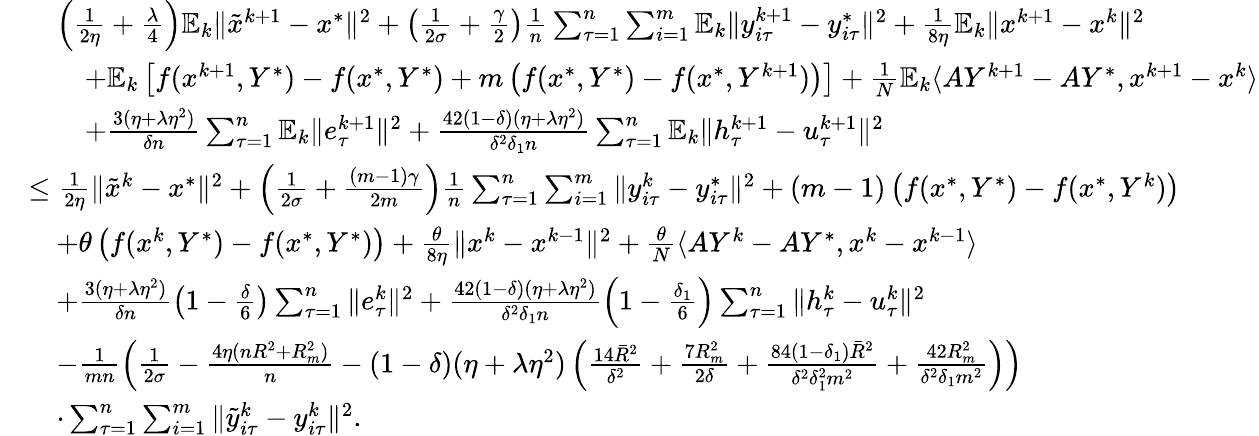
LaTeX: \begin{array}{rl}&{\quad\left(\frac{1}{2\eta}+\frac{\lambda}{4}\right)\mathbb{E}_{k}\| {\tilde{x}}^{k+1}-x^{*}\| ^{2}+\left(\frac{1}{2\sigma}+\frac{\gamma}{2}\right)\frac{1}{n}\sum_{\tau=1}^{n}\sum_{i=1}^{m}\mathbb{E}_{k}\| y_{i\tau}^{k+1}-y_{i\tau}^{*}\| ^{2}+\frac{1}{8\eta}\mathbb{E}_{k}\| x^{k+1}-x^{k}\| ^{2}}\\ &{\qquad+\mathbb{E}_{k}\left[f(x^{k+1},Y^{*})-f(x^{*},Y^{*})+m\left(f(x^{*},Y^{*})-f(x^{*},Y^{k+1})\right)\right]+\frac{1}{N}\mathbb{E}_{k}\langle AY^{k+1}-AY^{*},x^{k+1}-x^{k}\rangle}\\ &{\qquad+\frac{3(\eta+\lambda\eta^{2})}{\delta n}\sum_{\tau=1}^{n}\mathbb{E}_{k}\| e_{\tau}^{k+1}\| ^{2}+\frac{42(1-\delta)(\eta+\lambda\eta^{2})}{\delta^{2}\delta_{1}n}\sum_{\tau=1}^{n}\mathbb{E}_{k}\| h_{\tau}^{k+1}-u_{\tau}^{k+1}\| ^{2}}\\ &{\leq\frac{1}{2\eta}\| {\tilde{x}}^{k}-x^{*}\| ^{2}+\left(\frac{1}{2\sigma}+\frac{(m-1)\gamma}{2m}\right)\frac{1}{n}\sum_{\tau=1}^{n}\sum_{i=1}^{m}\| y_{i\tau}^{k}-y_{i\tau}^{*}\| ^{2}+(m-1)\left(f(x^{*},Y^{*})-f(x^{*},Y^{k})\right)}\\ &{\quad+\theta\left(f(x^{k},Y^{*})-f(x^{*},Y^{*})\right)+\frac{\theta}{8\eta}\| x^{k}-x^{k-1}\| ^{2}+\frac{\theta}{N}\langle AY^{k}-AY^{*},x^{k}-x^{k-1}\rangle}\\ &{\quad+\frac{3(\eta+\lambda\eta^{2})}{\delta n}\left(1-\frac{\delta}{6}\right)\sum_{\tau=1}^{n}\| e_{\tau}^{k}\| ^{2}+\frac{42(1-\delta)(\eta+\lambda\eta^{2})}{\delta^{2}\delta_{1}n}\left(1-\frac{\delta_{1}}{6}\right)\sum_{\tau=1}^{n}\| h_{\tau}^{k}-u_{\tau}^{k}\| ^{2}}\\ &{\quad-\frac{1}{mn}\left(\frac{1}{2\sigma}-\frac{4\eta(nR^{2}+R_{m}^{2})}{n}-(1-\delta)(\eta+\lambda\eta^{2})\left(\frac{14{\bar{R}}^{2}}{\delta^{2}}+\frac{7R_{m}^{2}}{2\delta}+\frac{84(1-\delta_{1}){\bar{R}}^{2}}{\delta^{2}\delta_{1}^{2}m^{2}}+\frac{42R_{m}^{2}}{\delta^{2}\delta_{1}m^{2}}\right)\right)}\\ &{\quad\cdot\sum_{\tau=1}^{n}\sum_{i=1}^{m}\| {\tilde{y}}_{i\tau}^{k}-y_{i\tau}^{k}\| ^{2}.}\end{array}